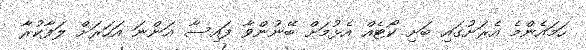
ހަމައެންމެ އެރަށުގައި ބަށި ކޯޓެއް އެޅުމަށް ބޭނުންވާ ފައިސާ އަންނަ އަހަރަށް ލަފާކުރާ